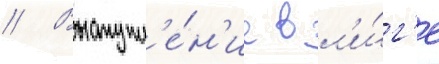
// Выступл'е́н'ие в л'и́г'е